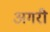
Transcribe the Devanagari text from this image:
अगरी